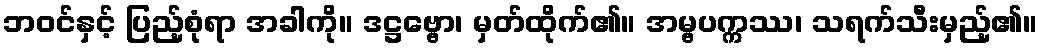
ဘဝင်နှင့် ပြည့်စုံရာ အခါကို။ ဒဋ္ဌဗ္ဗော၊ မှတ်ထိုက်၏။ အမ္ဗပက္ကဿ၊ သရက်သီးမှည့်၏။